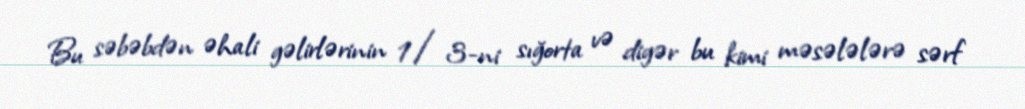
Bu səbəbdən əhali gəlirlərinin 1/3-ni sığorta və digər bu kimi məsələlərə sərf